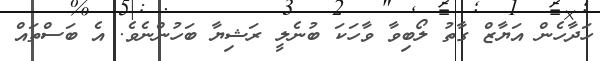
ހަދާހެން އަޔާޒް ގާތު ލޯބިވާ ވާހަކަ ބުނެލީ ރަޝިޔާ ބަހުންނެވެ. އެ ބަސްތައް